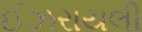
ઈઝરાયલી